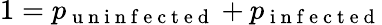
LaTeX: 1=p_{\mathrm{~u~n~i~n~f~e~c~t~e~d~}}+p_{\mathrm{~i~n~f~e~c~t~e~d~}}